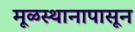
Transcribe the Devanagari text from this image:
मूळस्थानापासून